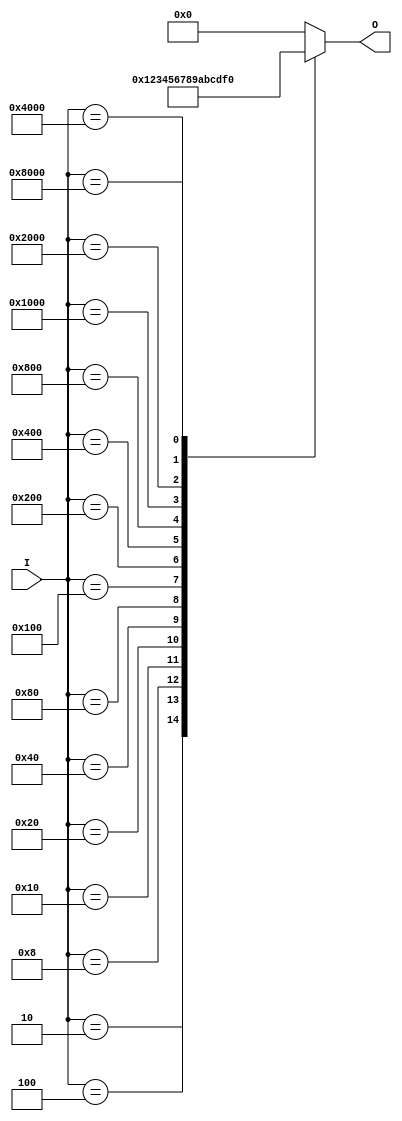
module hex_to_bin_encoder (
    input wire [15:0] I,  // 16 input lines (I0 to I15)
    output reg [3:0] O    // 4 output lines (O3, O2, O1, O0)
);

    always @(*) begin
        case (I)
            16'b0000000000000001: O = 4'b0000; // I0
            16'b0000000000000010: O = 4'b0001; // I1
            16'b0000000000000100: O = 4'b0010; // I2
            16'b0000000000001000: O = 4'b0011; // I3
            16'b0000000000010000: O = 4'b0100; // I4
            16'b0000000000100000: O = 4'b0101; // I5
            16'b0000000001000000: O = 4'b0110; // I6
            16'b0000000010000000: O = 4'b0111; // I7
            16'b0000000100000000: O = 4'b1000; // I8
            16'b0000001000000000: O = 4'b1001; // I9
            16'b0000010000000000: O = 4'b1010; // I10
            16'b0000100000000000: O = 4'b1011; // I11
            16'b0001000000000000: O = 4'b1100; // I12
            16'b0010000000000000: O = 4'b1101; // I13
            16'b0100000000000000: O = 4'b1110; // I14
            16'b1000000000000000: O = 4'b1111; // I15
            default: O = 4'b0000; // Default case for no active input
        endcase
    end

endmodule